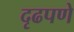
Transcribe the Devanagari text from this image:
दृढपणे